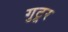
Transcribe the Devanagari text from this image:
गुटूर